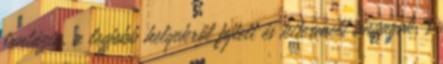
fantázia, a legjobb helyekről fejtett és kitermelt anyagok, s